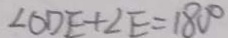
\angle O D E + \angle E = 1 8 0 ^ { \circ }